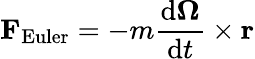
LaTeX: \mathbf{F}_{\mathrm{Euler}}=-m{\frac{\mathrm{d}{\boldsymbol{\Omega}}}{\mathrm{d}t}}\times\mathbf{r}